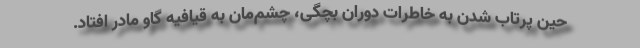
حین پرتاب شدن به خاطرات دوران بچگی، چشم‌مان به قیافیه گاو مادر افتاد.